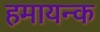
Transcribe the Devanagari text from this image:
हमायन्क